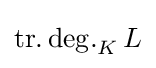
\operatorname {tr.deg.} _{K}L